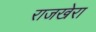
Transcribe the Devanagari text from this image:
राजखेरा